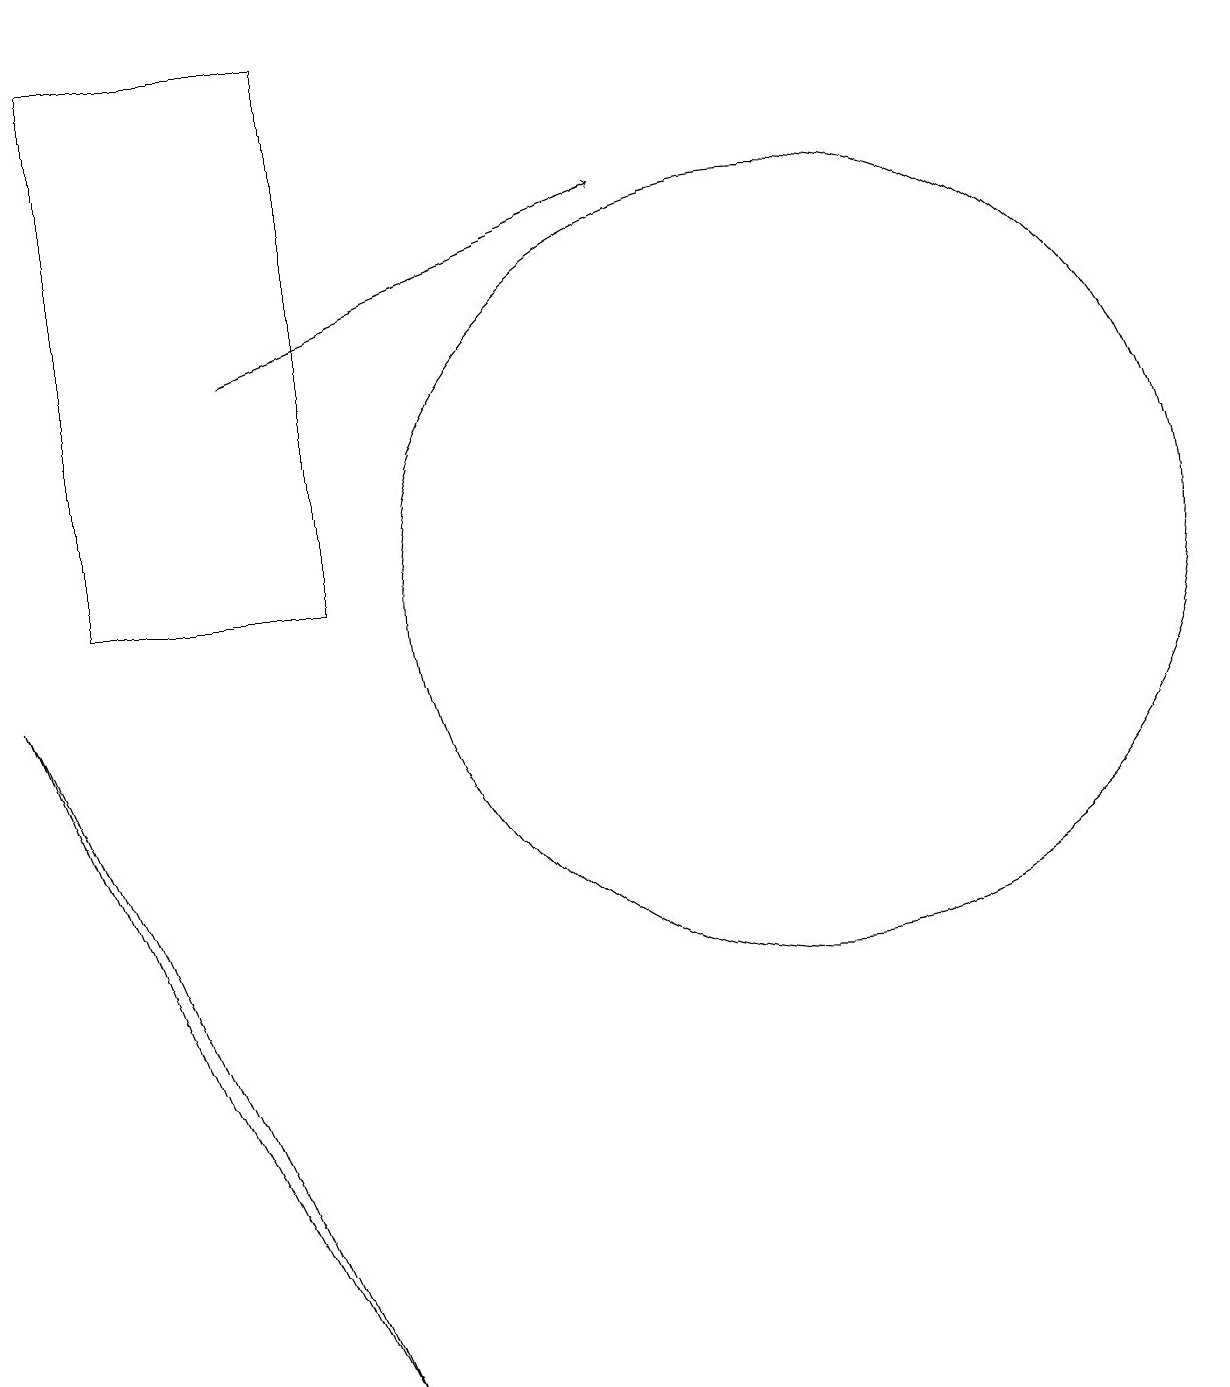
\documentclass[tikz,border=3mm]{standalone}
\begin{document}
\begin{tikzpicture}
\draw (2,17) rectangle (5,10);
\draw[->] (4,13) -- (9,15);
\draw (11,10) circle (5);
\draw (3,4) -- (1,9) -- (5,0) -- cycle;
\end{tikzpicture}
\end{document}